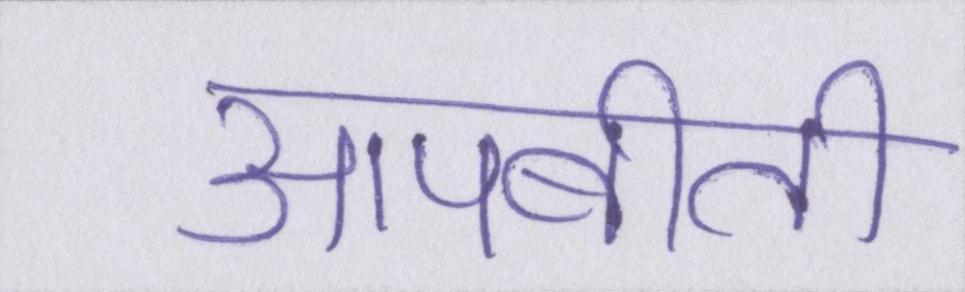
आपबीती